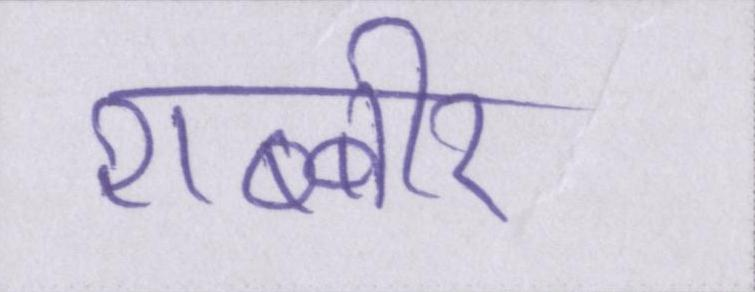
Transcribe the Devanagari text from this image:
शब्बीर